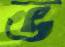
ভ